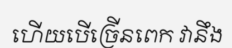
ហើយបើច្រើនពេក វានឹង